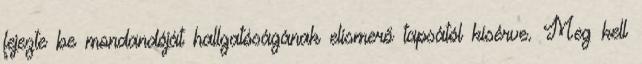
fejezte be mondandóját hallgatóságának elismerő tapsától kísérve. Meg kell